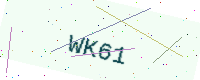
Text: WK61